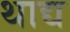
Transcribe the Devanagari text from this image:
थाद्य